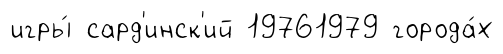
игры́ сард'инск'ий 19761979 города́х